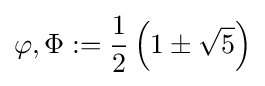
\varphi ,\Phi :={\frac {1}{2}}\left(1\pm {\sqrt {5}}\right)